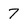
Character: 7